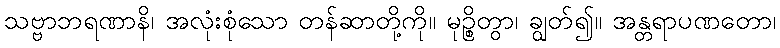
သဗ္ဗာဘရဏာနိ၊ အလုံးစုံသော တန်ဆာတို့ကို။ မုဉ္စိတွာ၊ ချွတ်၍။ အန္တရာပဏတော၊